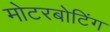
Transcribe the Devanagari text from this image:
मोटरबोटिंग